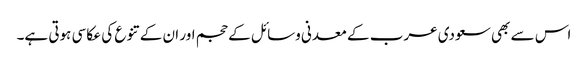
اس سے بھی سعودی عرب کے معدنی وسائل کے حجم اور ان کے تنوع کی عکاسی ہوتی ہے۔